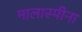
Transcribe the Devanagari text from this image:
मालास्पीना